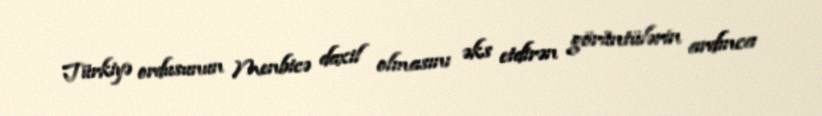
Türkiyə ordusunun Menbicə daxil olmasını əks etdirən görüntülərin ardınca